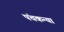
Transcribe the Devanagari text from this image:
पंचकन्यां